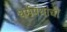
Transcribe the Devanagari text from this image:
धर्मपंथांचीं